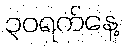
၃၀ရက်နေ့